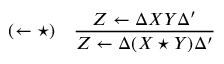
( \leftarrow \star ) \quad { \frac { Z \leftarrow \Delta X Y \Delta ^ { \prime } } { Z \leftarrow \Delta ( X \star Y ) \Delta ^ { \prime } } }